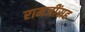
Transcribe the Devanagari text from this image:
रामजींसह